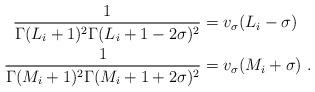
LaTeX: \begin{align*}\frac{1}{\Gamma(L_i+1)^2\Gamma(L_i+1-2\sigma)^2}&=v_{\sigma}(L_i-\sigma)\\\frac{1}{\Gamma(M_i+1)^2\Gamma(M_i+1+2\sigma)^2}&=v_{\sigma}(M_i+\sigma)\ .\end{align*}